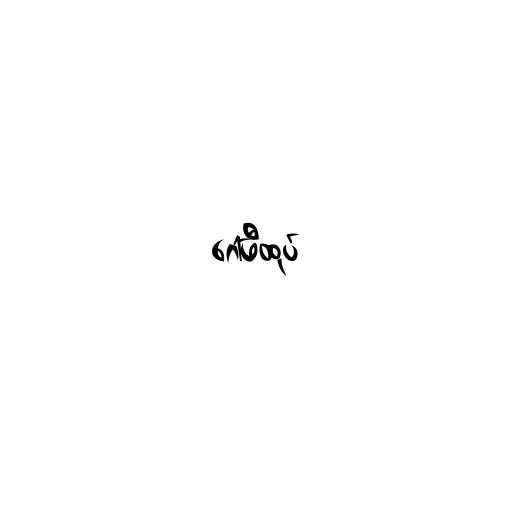
ဂေါ်ဖီထုပ်